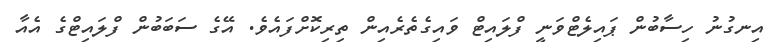
އިނގުނު ހިސާބުން ޕައިލެޓްވަނީ ފްލައިޓް ވައިގެތެރެއިން ތިރިކޮށްފައެވެ. އޭގެ ސަބަބުން ފްލައިޓްގެ އެއާ